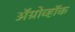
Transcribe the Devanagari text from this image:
अॅग्रोव्हॉक